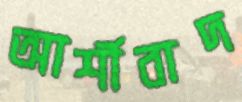
আর্শীবাদ